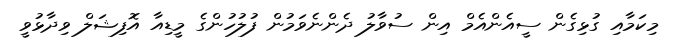
މިކަމާއި ގުޅިގެން ސީއެންއެމް އިން ސުވާލު ދެންނެވަމުން ފުލުހުންގެ މީޑިއާ އޮފިޝަލް ވިދާޅުވީ